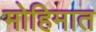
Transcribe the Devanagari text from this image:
मोहिमात